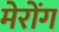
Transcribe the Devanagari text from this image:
मेरोंग